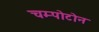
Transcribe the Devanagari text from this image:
चम्पोटोन